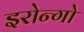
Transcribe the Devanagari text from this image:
इरोन्गो